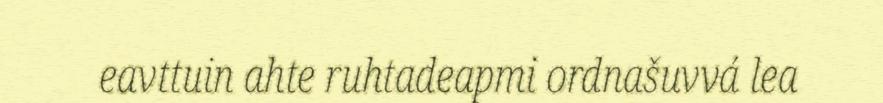
eavttuin ahte ruhtadeapmi ordnašuvvá lea